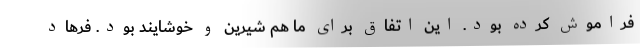
فراموش کرده بود. این اتفاق برای ما هم شیرین و خوشایند بود. فرهاد